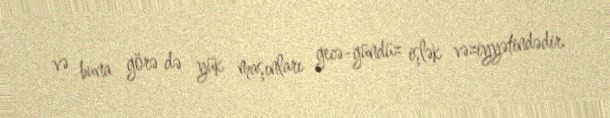
və buna görə də yük maşınları gecə-gündüz işlək vəziyyətindədir.